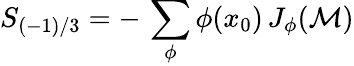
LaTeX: S_{(-1)/3}=-\, \sum_{\phi}\phi(x_{0})\, J_{\phi}({\cal M})